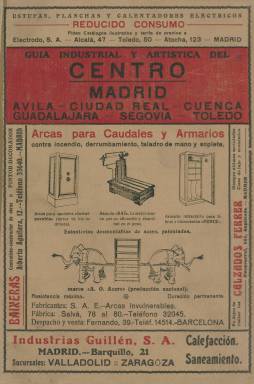
Título: Guía industrial y artística del centro
Colección: Guías y directorios || Economía || Industria
Ámbito geográfico: Madrid
Lugar de publicación: Madrid
Fechas: 01/01/1930-31/12/1934